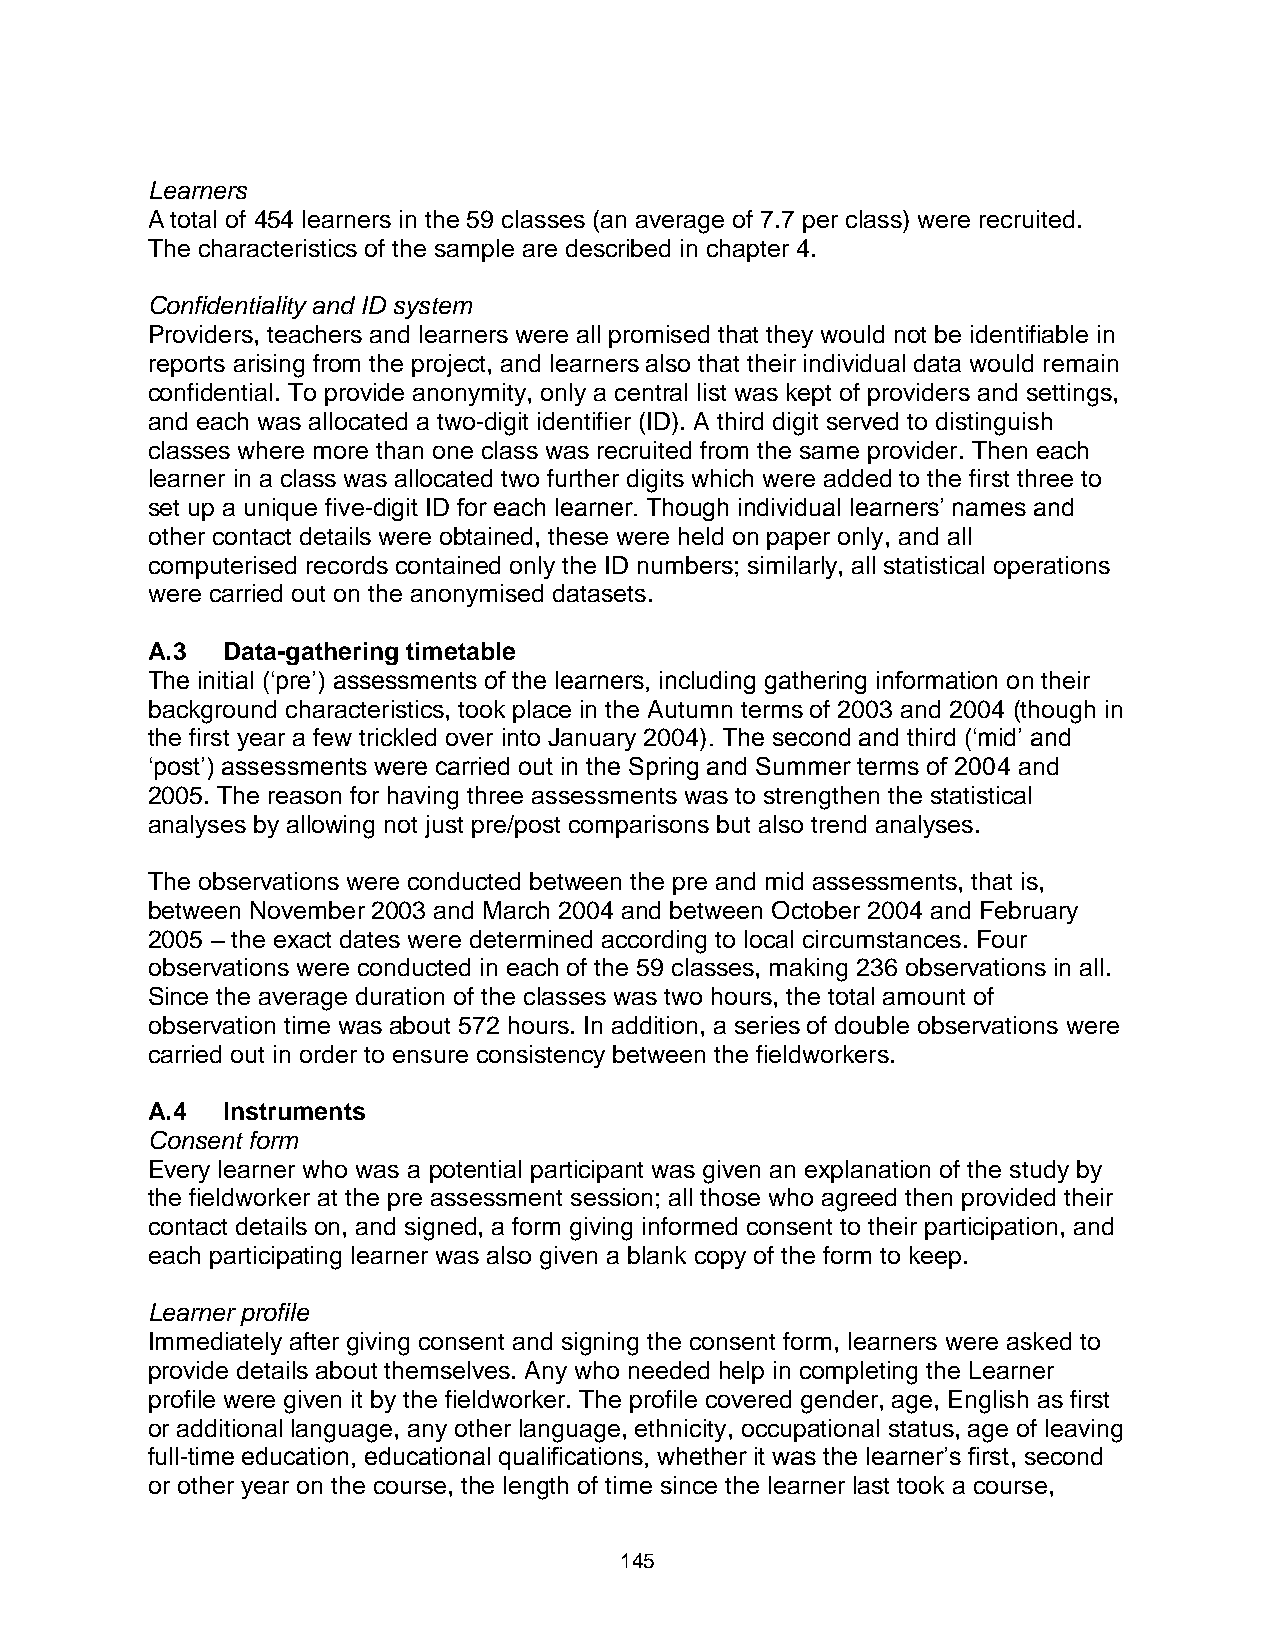
Learners
 A total of 454 learners in the 59 classes (an average of 7.7 per class) were recruited.
 The characteristics of the sample are described in chapter 4.
 Confidentiality and ID system
 Providers, teachers and learners were all promised that they would not be identifiable in
 reports arising from the project, and learners also that their individual data would remain
 confidential. To provide anonymity, only a central list was kept of providers and settings,
 and each was allocated a two-digit identifier (ID). A third digit served to distinguish
 classes where more than one class was recruited from the same provider. Then each
 learner in a class was allocated two further digits which were added to the first three to
 set up a unique five-digit ID for each learner. Though individual learners’ names and
 other contact details were obtained, these were held on paper only, and all
 computerised records contained only the ID numbers; similarly, all statistical operations
 were carried out on the anonymised datasets.
 A.3  Data-gathering timetable
 The initial (‘pre’) assessments of the learners, including gathering information on their
 background characteristics, took place in the Autumn terms of 2003 and 2004 (though in
 the first year a few trickled over into January 2004). The second and third (‘mid’ and
 ‘post’) assessments were carried out in the Spring and Summer terms of 2004 and
 2005. The reason for having three assessments was to strengthen the statistical
 analyses by allowing not just pre/post comparisons but also trend analyses.
 The observations were conducted between the pre and mid assessments, that is,
 between November 2003 and March 2004 and between October 2004 and February
 2005 – the exact dates were determined according to local circumstances. Four
 observations were conducted in each of the 59 classes, making 236 observations in all.
 Since the average duration of the classes was two hours, the total amount of
 observation time was about 572 hours. In addition, a series of double observations were
 carried out in order to ensure consistency between the fieldworkers.
 A.4  Instruments
 Consent form
 Every learner who was a potential participant was given an explanation of the study by
 the fieldworker at the pre assessment session; all those who agreed then provided their
 contact details on, and signed, a form giving informed consent to their participation, and
 each participating learner was also given a blank copy of the form to keep.
 Learner profile
 Immediately after giving consent and signing the consent form, learners were asked to
 provide details about themselves. Any who needed help in completing the Learner
 profile were given it by the fieldworker. The profile covered gender, age, English as first
 or additional language, any other language, ethnicity, occupational status, age of leaving
 full-time education, educational qualifications, whether it was the learner’s first, second
 or other year on the course, the length of time since the learner last took a course,
 145